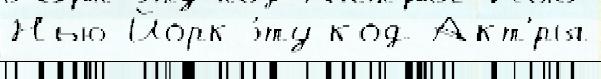
Нью-Йорк э́ту код Акт'́ры